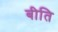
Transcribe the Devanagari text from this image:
बीति